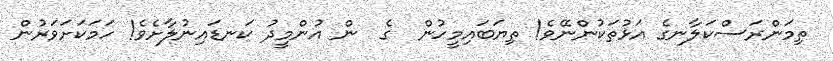
ތިމަންރަސްކަލާނގެ އަޅުތަކުންނޭވެ! ތިޔަބައިމީހުން  ގެ  ން އުންމީދު ކަނޑައިނުލާށެވެ! ހަމަކަށަވަރުން